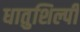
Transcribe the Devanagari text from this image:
धातुशिल्पी